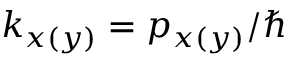
k _ { x ( y ) } = p _ { x ( y ) } / \hbar